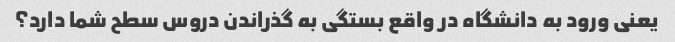
یعنی ورود به دانشگاه در واقع بستگی به گذراندن دروس سطح شما دارد؟